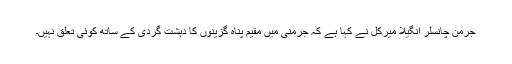
جرمن چانسلر انگیلا میرکل نے کہا ہے کہ جرمنی میں مقیم پناہ گزینوں کا دہشت گردی کے ساتھ کوئی تعلق نہیں۔